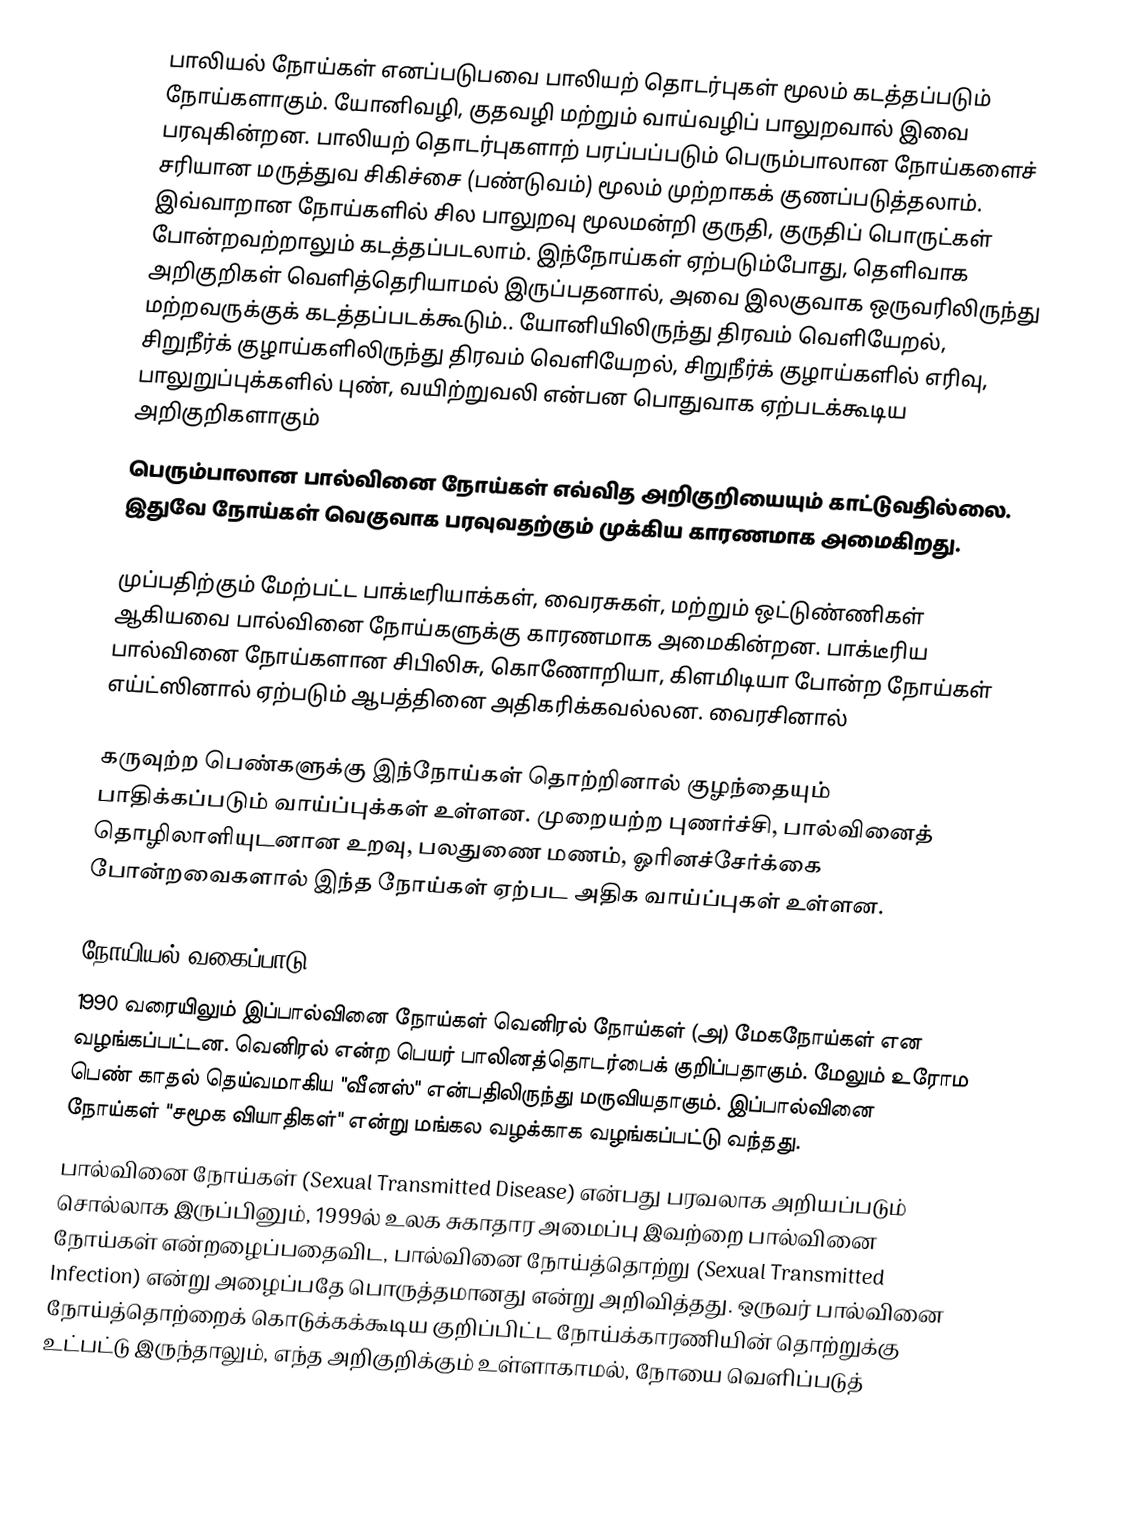
பாலியல் நோய்கள் எனப்படுபவை பாலியற் தொடர்புகள் மூலம் கடத்தப்படும் நோய்களாகும். யோனிவழி, குதவழி மற்றும் வாய்வழிப் பாலுறவால் இவை பரவுகின்றன. பாலியற் தொடர்புகளாற் பரப்பப்படும் பெரும்பாலான நோய்களைச் சரியான மருத்துவ சிகிச்சை (பண்டுவம்) மூலம் முற்றாகக் குணப்படுத்தலாம். இவ்வாறான நோய்களில் சில பாலுறவு மூலமன்றி குருதி, குருதிப் பொருட்கள் போன்றவற்றாலும் கடத்தப்படலாம். இந்நோய்கள் ஏற்படும்போது, தெளிவாக அறிகுறிகள் வெளித்தெரியாமல் இருப்பதனால், அவை இலகுவாக ஒருவரிலிருந்து மற்றவருக்குக் கடத்தப்படக்கூடும்.. யோனியிலிருந்து திரவம் வெளியேறல், சிறுநீர்க் குழாய்களிலிருந்து திரவம் வெளியேறல், சிறுநீர்க் குழாய்களில் எரிவு, பாலுறுப்புக்களில் புண், வயிற்றுவலி என்பன பொதுவாக ஏற்படக்கூடிய அறிகுறிகளாகும்
பெரும்பாலான பால்வினை நோய்கள் எவ்வித அறிகுறியையும் காட்டுவதில்லை. இதுவே நோய்கள் வெகுவாக பரவுவதற்கும் முக்கிய காரணமாக அமைகிறது.

முப்பதிற்கும் மேற்பட்ட பாக்டீரியாக்கள், வைரசுகள், மற்றும் ஒட்டுண்ணிகள் ஆகியவை பால்வினை நோய்களுக்கு காரணமாக அமைகின்றன. பாக்டீரிய பால்வினை நோய்களான சிபிலிசு, கொணோறியா, கிளமிடியா போன்ற நோய்கள் எய்ட்ஸினால் ஏற்படும் ஆபத்தினை அதிகரிக்கவல்லன. வைரசினால்

கருவுற்ற பெண்களுக்கு இந்நோய்கள் தொற்றினால் குழந்தையும் பாதிக்கப்படும் வாய்ப்புக்கள் உள்ளன. முறையற்ற புணர்ச்சி, பால்வினைத் தொழிலாளியுடனான உறவு, பலதுணை மணம், ஓரினச்சேர்க்கை போன்றவைகளால் இந்த நோய்கள் ஏற்பட அதிக வாய்ப்புகள் உள்ளன.

நோயியல் வகைப்பாடு
1990 வரையிலும் இப்பால்வினை நோய்கள் வெனிரல் நோய்கள் (அ) மேகநோய்கள் என வழங்கப்பட்டன. வெனிரல் என்ற பெயர் பாலினத்தொடர்பைக் குறிப்பதாகும். மேலும் உரோம பெண் காதல் தெய்வமாகிய "வீனஸ்" என்பதிலிருந்து மருவியதாகும். இப்பால்வினை நோய்கள் "சமூக வியாதிகள்" என்று மங்கல வழக்காக வழங்கப்பட்டு வந்தது.
பால்வினை நோய்கள் (Sexual Transmitted Disease) என்பது பரவலாக அறியப்படும் சொல்லாக இருப்பினும், 1999ல் உலக சுகாதார அமைப்பு இவற்றை பால்வினை நோய்கள் என்றழைப்பதைவிட, பால்வினை நோய்த்தொற்று (Sexual Transmitted Infection) என்று அழைப்பதே பொருத்தமானது என்று அறிவித்தது. ஒருவர் பால்வினை  நோய்த்தொற்றைக் கொடுக்கக்கூடிய குறிப்பிட்ட நோய்க்காரணியின் தொற்றுக்கு உட்பட்டு இருந்தாலும், எந்த அறிகுறிக்கும் உள்ளாகாமல், நோயை வெளிப்படுத்